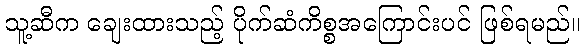
သူ့ဆီက ချေးထားသည့် ပိုက်ဆံကိစ္စအကြောင်းပင် ဖြစ်ရမည်။